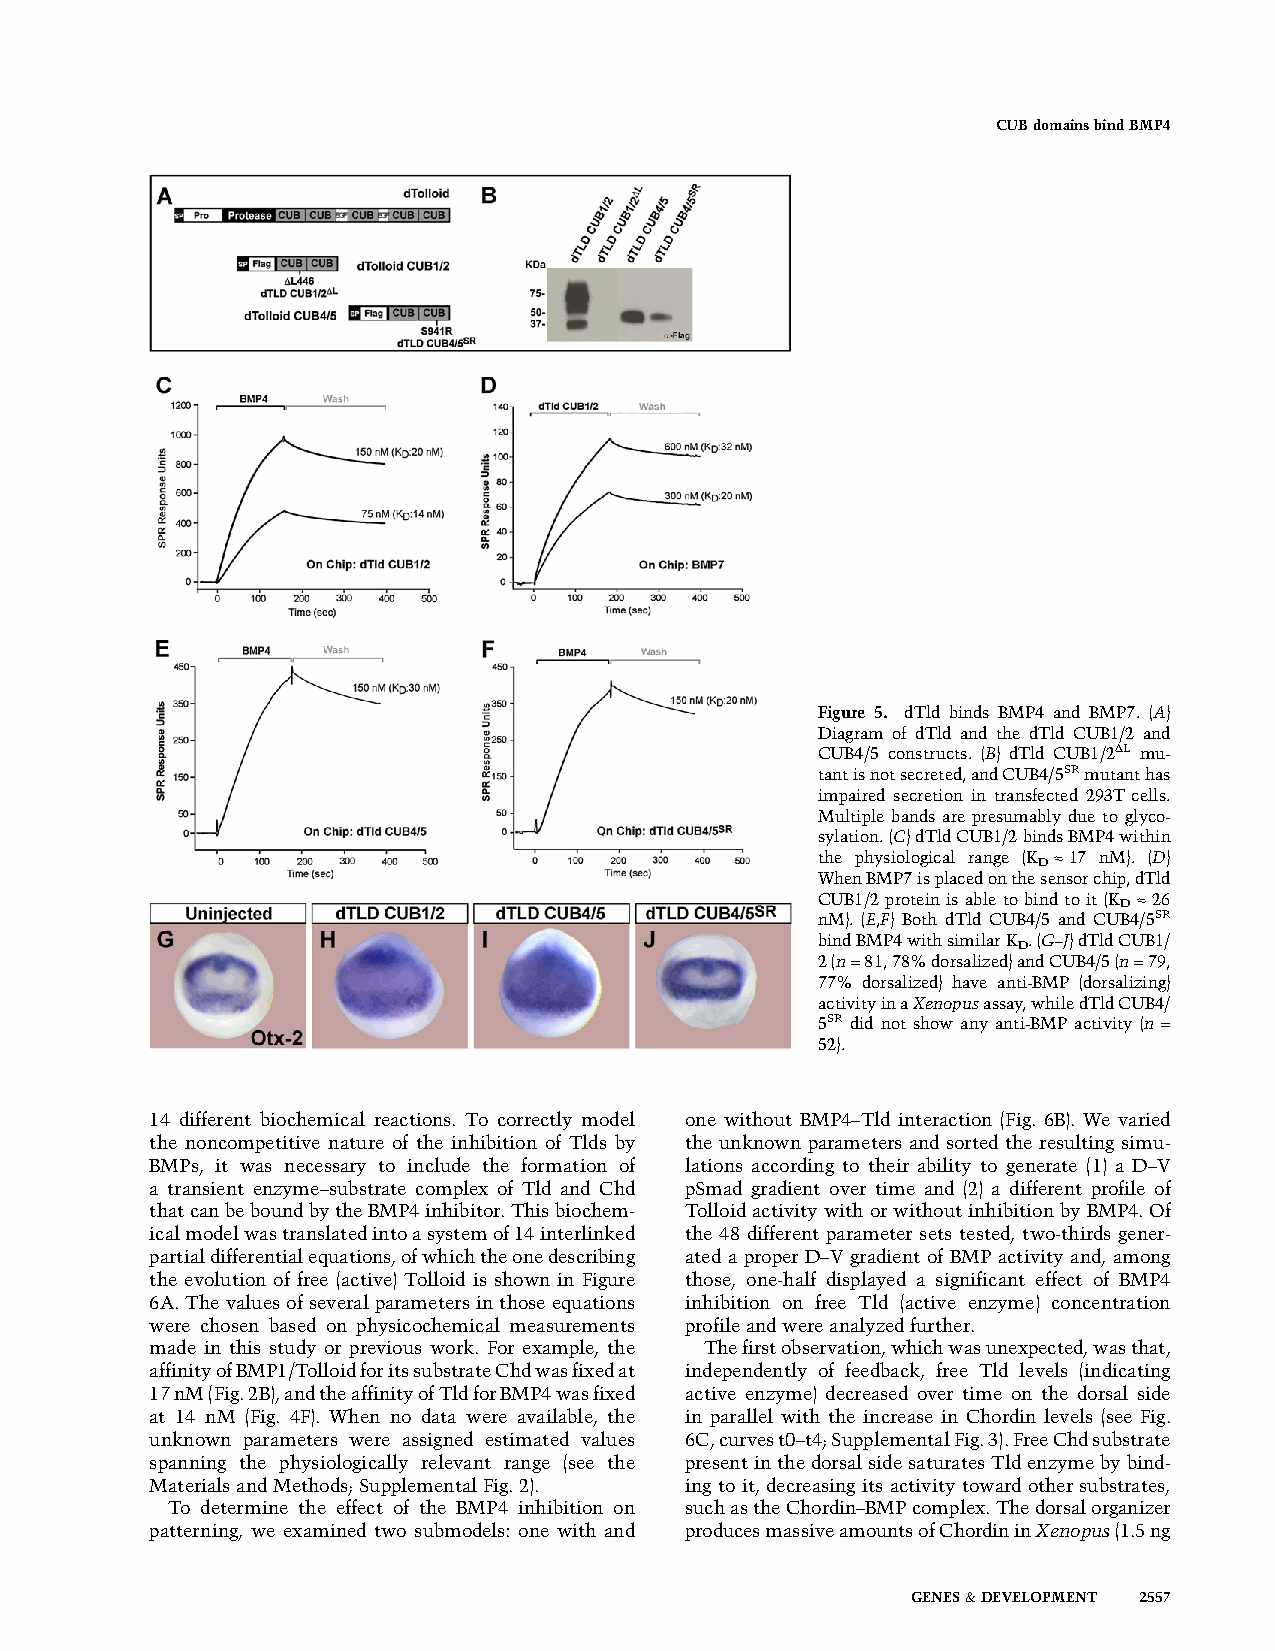
CUBdomainsbindBMP4
 Figure 5. dTld binds BMP4 and BMP7. (A)
 Diagram of dTld and the dTld CUB1/2 and
 CUB4/5 constructs. (B) dTld CUB1/2DL mu-
 tantisnotsecreted,andCUB4/5SRmutanthas
 impaired secretion in transfected 293T cells.
 Multiple bands are presumably due to glyco-
 sylation.(C)dTldCUB1/2bindsBMP4within
 the physiological range (K »17 nM). (D)
 D
 WhenBMP7isplacedonthesensorchip,dTld
 CUB1/2proteinis abletobind toit(K »26
 D
 nM). (E,F) Both dTld CUB4/5 and CUB4/5SR
 bindBMP4withsimilarK .(G–J)dTldCUB1/
 D
 2(n=81,78%dorsalized)andCUB4/5(n=79,
 77% dorsalized) have anti-BMP (dorsalizing)
 activityinaXenopusassay,whiledTldCUB4/
 5SR did not show any anti-BMP activity (n =
 52).
 14 different biochemical reactions. To correctly model one without BMP4–Tld interaction (Fig. 6B). We varied
 the noncompetitive nature of the inhibition of Tlds by the unknown parameters and sorted the resulting simu-
 BMPs, it was necessary to include the formation of lations according to their ability to generate (1) a D–V
 a transient enzyme–substrate complex of Tld and Chd pSmad gradient over time and (2) a different profile of
 thatcanbeboundbytheBMP4inhibitor.Thisbiochem- TolloidactivitywithorwithoutinhibitionbyBMP4.Of
 icalmodelwastranslatedintoasystemof14interlinked the 48 different parameter sets tested, two-thirds gener-
 partialdifferentialequations,ofwhichtheonedescribing ated a proper D–V gradient of BMP activity and, among
 the evolution of free (active) Tolloid is shown in Figure those, one-half displayed a significant effect of BMP4
 6A. Thevalues ofseveralparametersinthoseequations inhibition on free Tld (active enzyme) concentration
 were chosen based on physicochemical measurements profileandwereanalyzedfurther.
 made in this study or previous work. For example, the Thefirstobservation,whichwasunexpected,wasthat,
 affinityofBMP1/TolloidforitssubstrateChdwasfixedat independently of feedback, free Tld levels (indicating
 17nM(Fig.2B),andtheaffinityofTldforBMP4wasfixed active enzyme) decreased over time on the dorsal side
 at 14 nM (Fig. 4F). When no data were available, the in parallel with the increase in Chordin levels (see Fig.
 unknown parameters were assigned estimated values 6C,curvest0–t4;SupplementalFig.3).FreeChdsubstrate
 spanning the physiologically relevant range (see the presentinthedorsalsidesaturatesTldenzymebybind-
 MaterialsandMethods;SupplementalFig.2). ing toit, decreasingits activity towardother substrates,
 To determine the effect of the BMP4 inhibition on suchastheChordin–BMPcomplex.Thedorsalorganizer
 patterning, we examined two submodels: one with and producesmassiveamountsofChordininXenopus(1.5ng
 GENES&DEVELOPMENT 2557